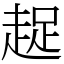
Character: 趗